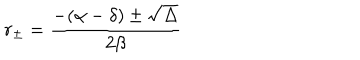
r _ { \pm } = \frac { - ( \alpha - \delta ) \pm \sqrt { \Delta } } { 2 \beta }